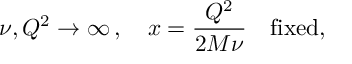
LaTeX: \nu , Q ^ { 2 } \to \infty \, , \quad x = \frac { Q ^ { 2 } } { 2 M \nu } \quad \mathrm { f i x e d } ,